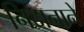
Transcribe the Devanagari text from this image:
निदानाने